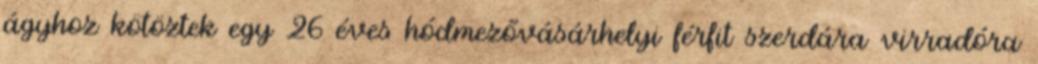
ágyhoz kötöztek egy 26 éves hódmezővásárhelyi férfit szerdára virradóra